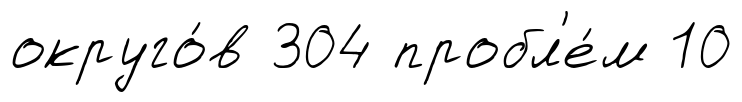
округо́в 304 пробл'е́м 10